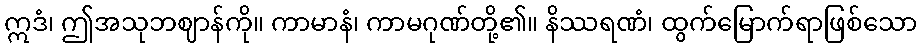
ဣဒံ၊ ဤအသုဘဈာန်ကို။ ကာမာနံ၊ ကာမဂုဏ်တို့၏။ နိဿရဏံ၊ ထွက်မြောက်ရာဖြစ်သော